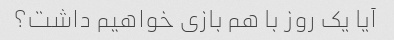
آیا یک روز با هم بازی خواهیم داشت؟